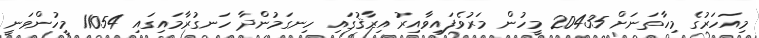
މިއަހަރުގެ މިހާތަނަށް 20435 މީހުން މަރުވެފައިވާއިރު އިރާޤުގައި ހިނގަމުންދާ ހަނގުރާމައިގައި 11054 މީހުންވަނީ